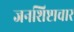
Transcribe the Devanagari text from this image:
जनशिष्टाचार